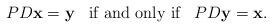
LaTeX: \begin{align*}PD\mathbf{x}=\mathbf{y}\;\;\; \mbox{\rm if and only if} \;\;\;PD\mathbf{y}=\mathbf{x}.\end{align*}